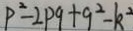
P ^ { 2 } - 2 P 9 + 9 ^ { 2 } - k ^ { 2 }